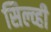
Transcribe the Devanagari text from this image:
सिल्व्ही